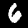
Label: 6